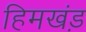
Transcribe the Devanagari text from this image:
हिमखंड़